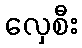
လှေစီး